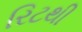
રિટથી